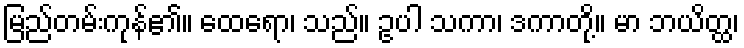
မြည်တမ်းကုန်၏။ ထေရော၊ သည်။ ဥပါ သကာ၊ ဒကာတို့။ မာ ဘယိတ္ထ၊